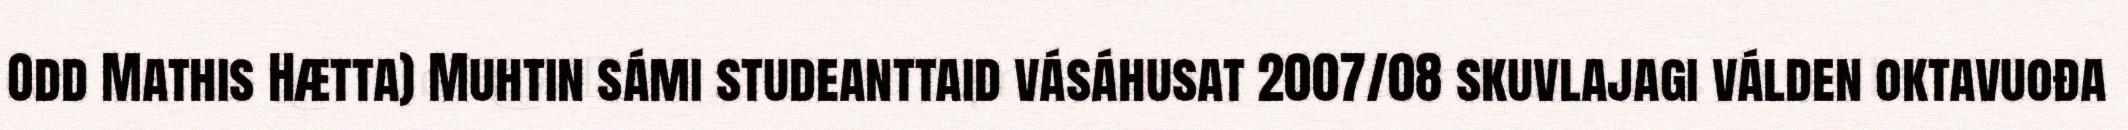
Odd Mathis Hætta) Muhtin sámi studeanttaid vásáhusat 2007/08 skuvlajagi válden oktavuođa